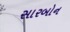
સારબોન